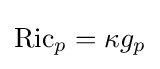
\operatorname {Ric} _{p}=\kappa g_{p}